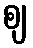
ဈ